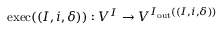
\mathrm { e x e c } ( ( I , i , \delta ) ) : V ^ { I } \rightarrow V ^ { I _ { \mathrm { o u t } } ( ( I , i , \delta ) ) }